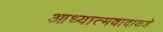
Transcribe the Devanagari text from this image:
आध्यात्मवादाकडे